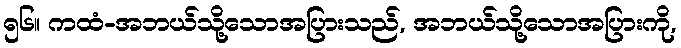
၅၆။ ကထံ-အဘယ်သို့သောအပြားသည်, အဘယ်သို့သောအပြားကို,